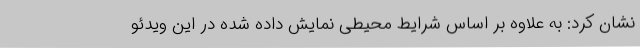
نشان کرد: به علاوه بر اساس شرایط محیطی نمایش داده شده در این ویدئو